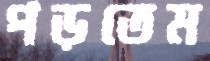
পড়তেম